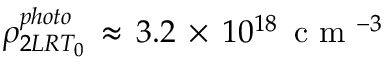
\rho _ { 2 L R T _ { 0 } } ^ { p h o t o } \, \approx \, 3 . 2 \, \times \, 1 0 ^ { 1 8 } \, \mathrm { ~ c ~ m ~ } ^ { - 3 }